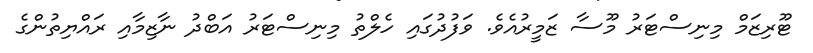
ޓޫރިޒަމް މިނިސްޓަރު މޫސާ ޒަމީރުއެވެ. ވަފުދުގައި ހެލްތު މިނިސްޓަރު އަބްދު ނާޒިމާއި ރައްޔިތުންގެ